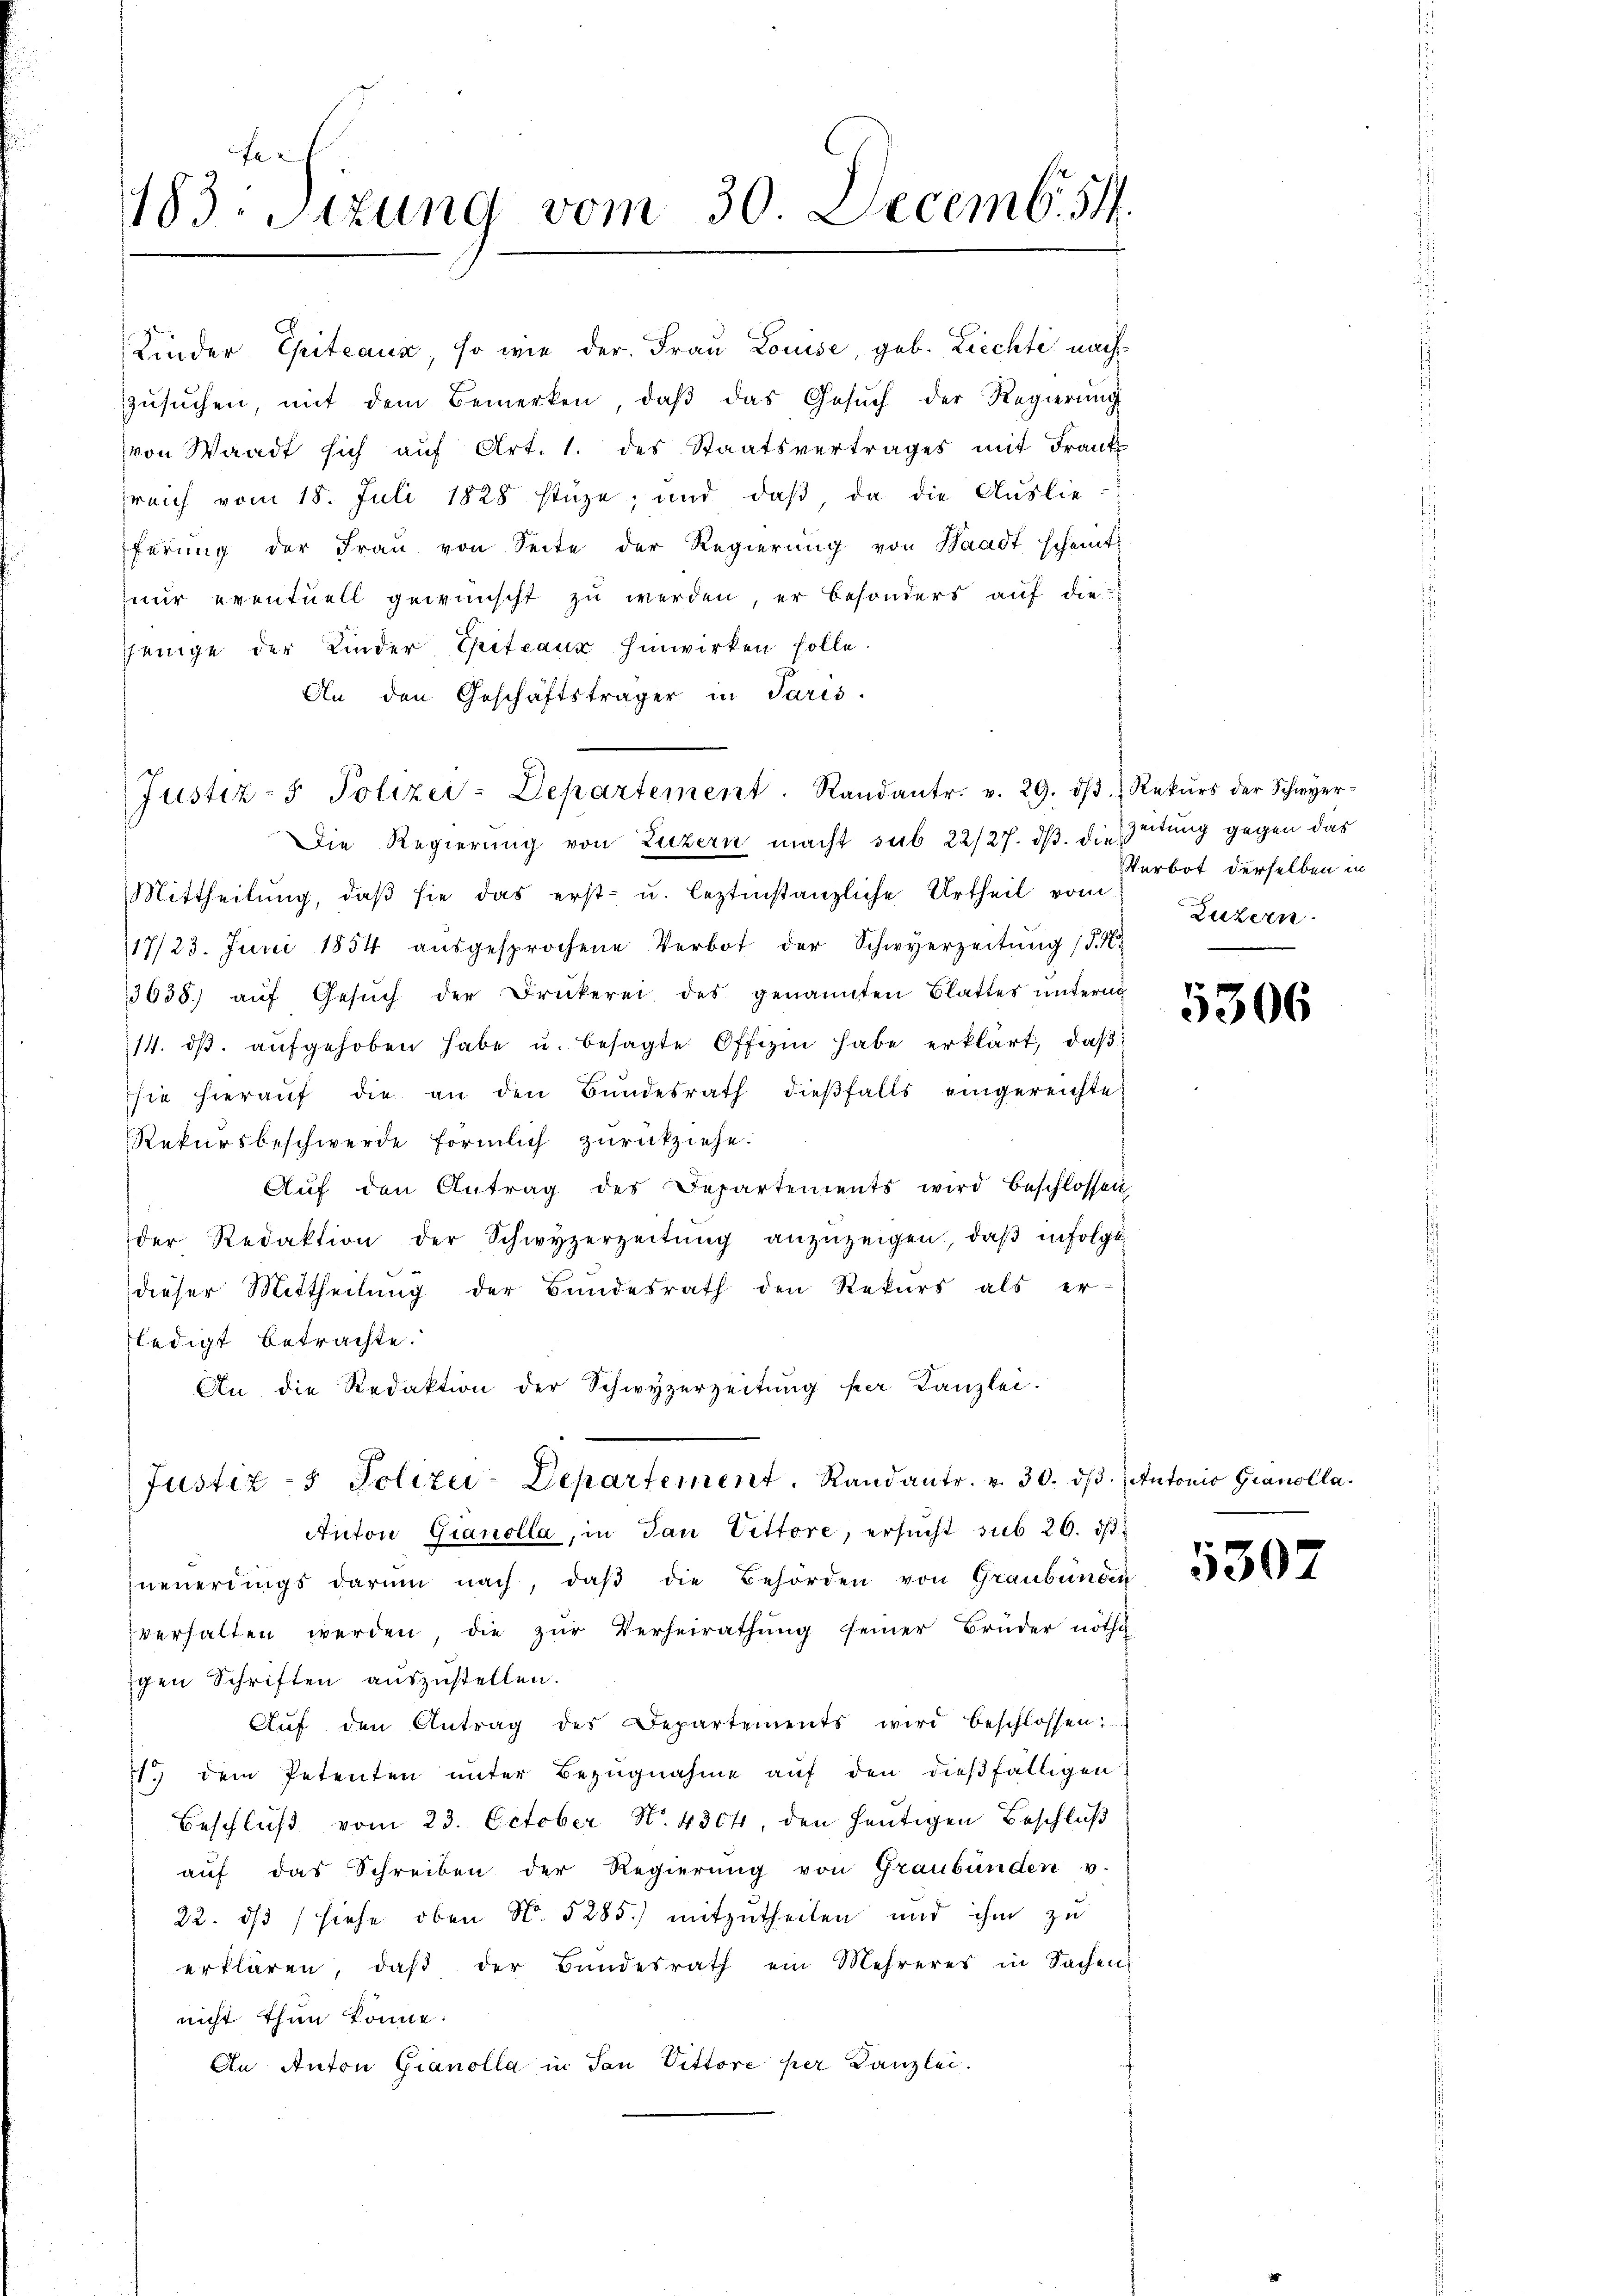
183. Sitzung vom 30. Decemb. 54.

von Waadt sich aŭf Art. 1. des Staatsvertrages mit Frank
reich vom 18. Juli 1828 stüze; und daß da die Auslieferung der Fraŭ von Seite der Regierŭng von Waadt scheint.
nur eventuell gewünscht zu werden, er besonders auf die
jjenige der Kinder Sitzaur hinwirken solle.
An den Geschäftsträger in Paris.
Die Regierŭng von Luzern macht sub 22/27. dβ. die Zeitung gegen das
Mittheilŭng, daβ sie das erst- u. leztinstanzliche Urtheil von Luzern
117/23. Juni 1854 aŭsgesprochene Verbot der Schwyerzeitŭng (d. M.
3638) aŭf Gesŭch der Drukerei des genannten Blattes ŭntern
14. dβ aŭfgehoben habe u. besagte Offizin habe erklärt, daß
sie hieraŭf die an den Bŭndesrath dieβfalls eingereichte
Rekursbeschwerde förmlich zurückziehe.
Aŭf den Antrag des Departements wird beschlossen
der Redaktion der Schwyzerzeitŭng anzuzeigen, daβ infolge
dieser Mittheilŭng der Bundesrath den Rekurs als er-
ledigt betrachte.
An die Redaktion der Schwyzerzeitŭng per Kanzlei.
Justiz- & Polizei-Departement. Randantr. v. 30. dβ. Antonio Granolla¬
Anton Gianolla, in Jan Vittore, ersucht sub 20. ds.
neuerdings darum nach, daß die Behörden von Graubünden
verhalten werden, die zŭr Verheirathŭng seiner Brüder nöthi
igen Schriften auszustellen.
Aŭf den Antrag des Departements wird beschlossen:
11. dem Petenten ŭnter Bezŭgnahme aŭf den dießfälligen
Beschluß vom 23. October N. 4304, den heutigen Beschluß
aŭf das Schreiben der Regierŭng von Graubünden v.
22. dβ (siehe oben N. 5285.) mitzutheilen und ihm zu
erklären, daβ der Bundesrath ein Mehreres in Sachens
nicht thun könne.
An Anton Gianolla in San Vittore per Kanzlei.

G
Kinder Citeaux, so wie der Frau Louise, geb. Liechte nach
zŭsŭchen, mit dem Bemerken, daβ das Gesŭch der Regierŭng

Justiz- & Polizei-Departement. Randantr. v. 29. dβ. Rekŭrs der Schwyer-

Verbot derselben in

5306

5307